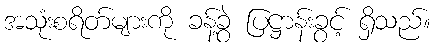
အသုံးစရိတ်များကို ခန့်ခွဲ ပြဋ္ဌာန်းခွင့် ရှိသည်။